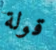
قولة